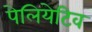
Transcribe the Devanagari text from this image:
पेलियेटिव